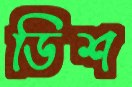
ডিশ